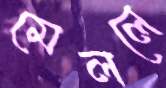
মেললে